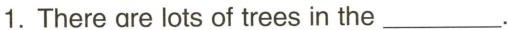
1.There are lots of trees in the___.